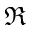
\Re